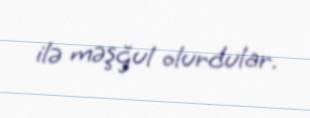
ilə məşğul olurdular.